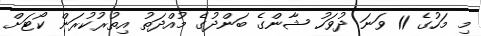
މި މަހުގެ 11 ވަނަ ދުވަހު ޝާންގެ ބަންދުގެ މުއްދަތު އިތުރުކުރަން ކޯޓަށް